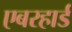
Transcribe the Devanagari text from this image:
एबरहार्ड